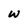
Character: w